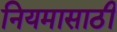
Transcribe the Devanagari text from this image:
नियमासाठी